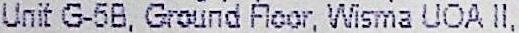
UNIT G-5B, GROUND FLOOR, WISMA UOA II,